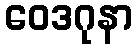
ဝေဒဂုနာ